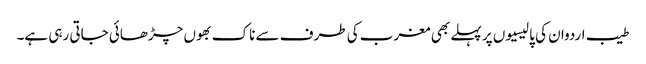
طیب اردوان کی پالیسیوں پر پہلے بھی مغرب کی طرف سے ناک بھوں چڑھائی جاتی رہی ہے۔